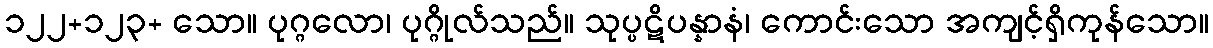
၁၂၂+၁၂၃+ သော။ ပုဂ္ဂလော၊ ပုဂ္ဂိုလ်သည်။ သုပ္ပဋိပန္နာနံ၊ ကောင်းသော အကျင့်ရှိကုန်သော။